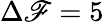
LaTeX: \Delta\mathscr{F}=5